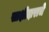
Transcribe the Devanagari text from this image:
साक्षीदाराचे